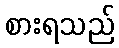
စားရသည်